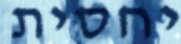
יחסית